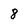
Character: 8